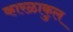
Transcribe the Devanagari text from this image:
कारळाकुल